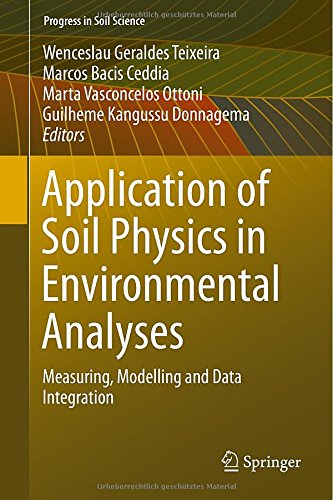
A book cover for Application of Soil Physics in Environmental Analyses: Measuring, Modelling and Data Integration (Progress in Soil Science); Science & Math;